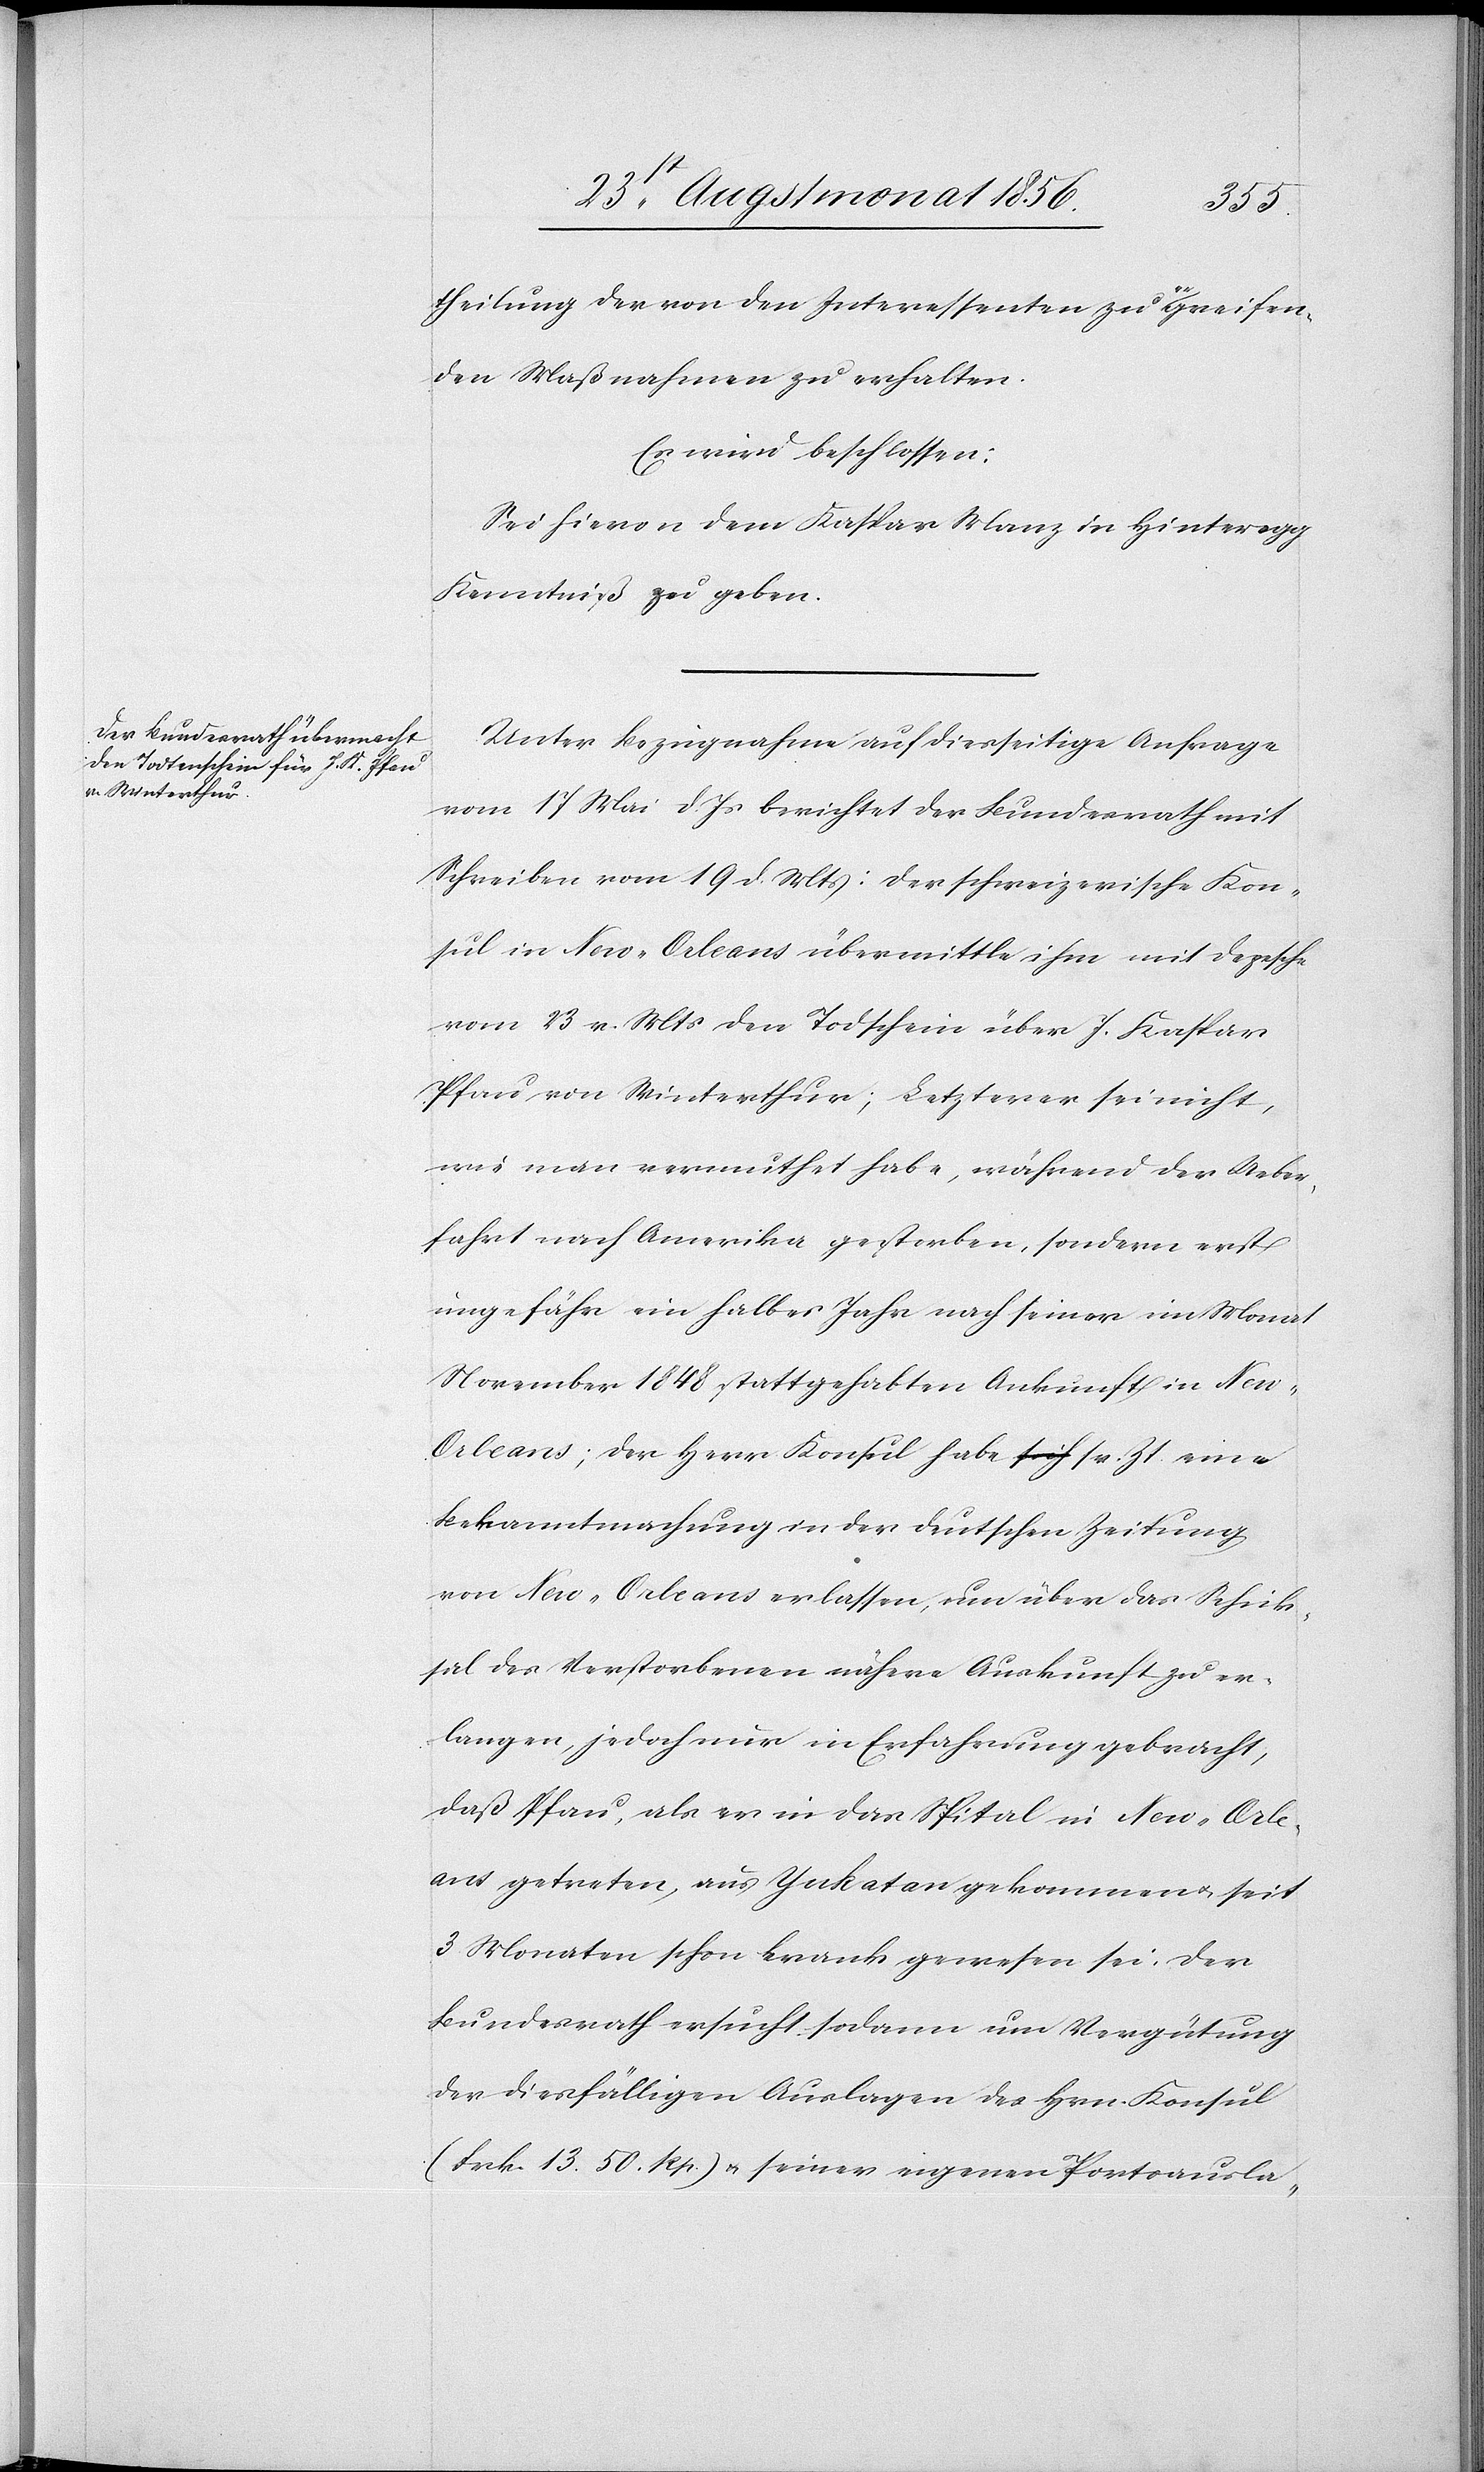
theilung der von den Interessenten zu a-er-agreifen¬
den Maßnahmen zu erhalten.
Es wird beschlossen:
Sei hievon dem Kaspar Manz in Hinteregg
Kenntniß zu geben.
Unter Bezugnahme auf diesseitige Anfrage
vom 17 Mai d. Js berichtet der Bundesrath mit
Schreiben vom 19 d. Mts: der schweizerische Kon¬
sul in New-Orleans übermittle ihm mit Depesche
vom 23 v. Mts den Todschein über J. Kaspar
Pfau von Winterthur; Letzterer sei nicht,
wie man vermuthet habe, während der Ueber¬
fahrt nach Amerika gestorben, sondern erst
ungefähr ein halbes Jahr nach seiner im Monat
November 1848 stattgehabten Ankunft in Ne¬
w-Orleans; der Herr Konsul habe sr. Zt. eine
Bekanntmachung in der deutschen Zeitung
von New-Orleans erlassen, um über das Schick¬
sal des Verstorbenen nähere Auskunft zu er¬
langen, jedoch nur in Erfahrung gebracht,
daß Pfau, als er in das Spital in New-Orle¬
ans getreten, aus Yukatan gekommen u. seit
3 Monaten schon krank gewesen sei. Der
Bundesrath ersucht sodann um Vergütung
der diesfälligen Auslagen des Hrn. Konsul
(Frk. 13. 50. Rp.) u. seiner eigenen Portoausla-